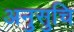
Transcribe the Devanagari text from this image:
अनुसुचि